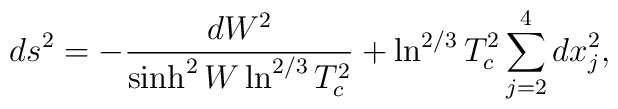
ds^2=-\frac{dW^2}{\sinh^{2}W\ln^{2/3}T_c^2}+\ln^{2/3}T_c^2\sum_{j=2}^{4}dx_j^2 ,